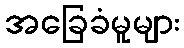
အခြေခံမူများ